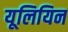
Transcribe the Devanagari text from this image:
यूलियिन